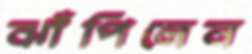
ঝাঁপিলেন